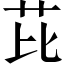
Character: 芘